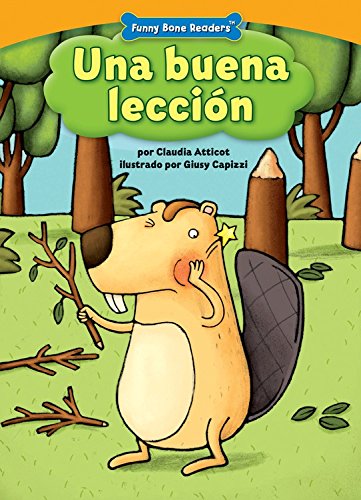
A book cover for Una Buena Leccin: Caring for Your Teeth (Funny Bone Readers: En Espaol) (Spanish Edition); Claudia Atticot; Medical Books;